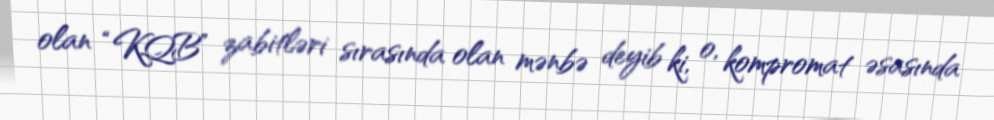
olan “KQB” zabitləri sırasında olan mənbə deyib ki, o, kompromat əsasında